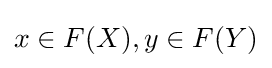
x\in F(X),y\in F(Y)